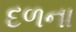
દળના